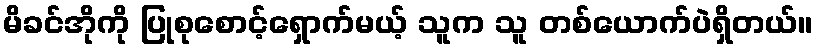
မိခင်အိုကို ပြုစုစောင့်ရှောက်မယ့် သူက သူ တစ်ယောက်ပဲရှိတယ်။